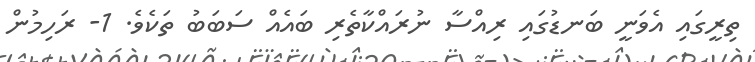
ތިރީގައި އެވަނީ ބަނޑުގައި ރިއްސާ ނުރައްކާތެރި ބައެއް ސަބަބު ތަކެވެ. 1- ރަހިމުން